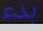
بدء